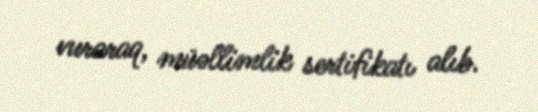
vuraraq, müəllimlik sertifikatı alıb.